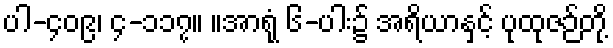
ပါ-၄၀၉၊ ၄-၁၁၇။ ။အာရုံ ၆-ပါး၌ အရိယာနှင့် ပုထုဇဉ်တို့